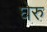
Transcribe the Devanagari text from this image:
घेरु